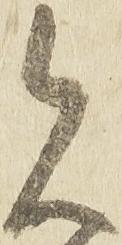
見